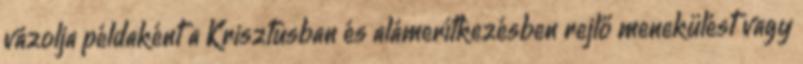
vázolja példaként a Krisztusban és alámerítkezésben rejlő menekülést vagy